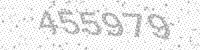
Solution: 455979